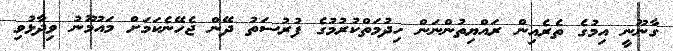
ގާނޫނީ އިމުގެ ތެރެއިން ރައްޔިތުންނަން ހިދުމަތްކުރުމުގެ ފުރުސަތު ދޭން ޖެހޭނެކަމަށް މައުމޫނު ވިދާޅުވި